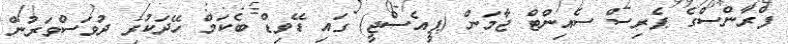
ފްރާންސްގެ ޕެރިސް ސެއިންޓް ޖާމަން (ޕީއެސްޖީ) ގައި ޑޭވިޑް ބެކަމް ހޭދަކުރި ދުވަސްވަރުން